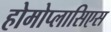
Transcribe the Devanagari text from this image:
होमोप्लासिएस